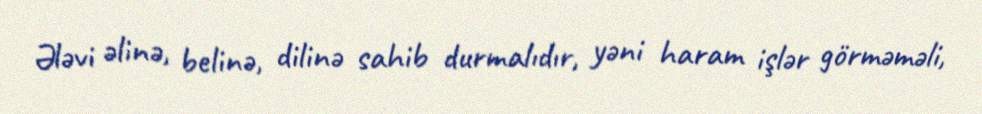
Ələvi əlinə, belinə, dilinə sahib durmalıdır, yəni haram işlər görməməli,